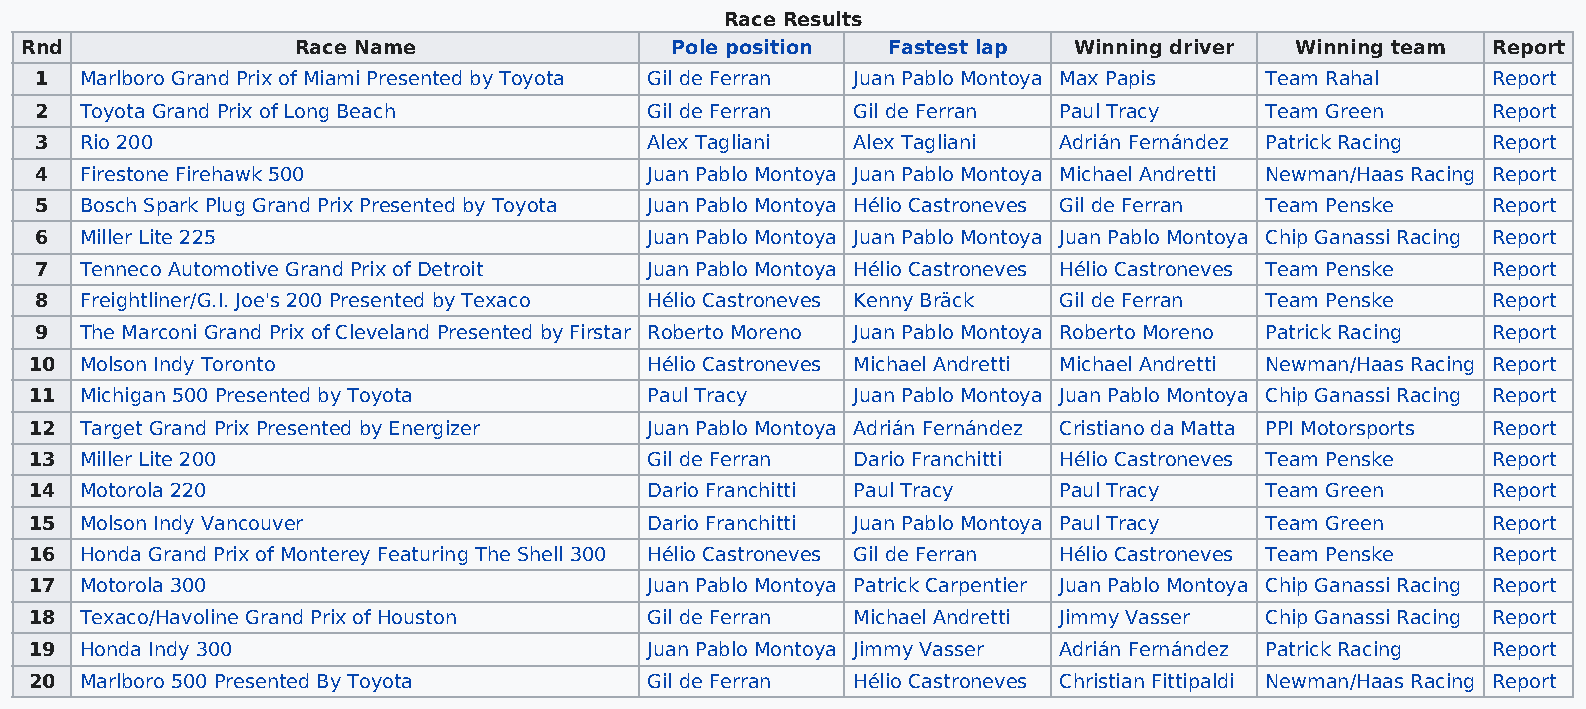
Race Results
 Rnd                Race Name               Pole position  Fastest lap Winning driver Winning team Report
 1  Marlboro Grand Prix of Miami Presented by Toyota Gil de Ferran Juan Pablo Montoya Max Papis Team Rahal Report
 2  Toyota Grand Prix of Long Beach       Gil de Ferran Gil de Ferran Paul Tracy   Team Green     Report
 3  Rio 200                               Alex Tagliani Alex Tagliani Adrián Fernández Patrick Racing Report
 4  Firestone Firehawk 500                Juan Pablo Montoya Juan Pablo Montoya Michael Andretti Newman/Haas Racing Report
 5  Bosch Spark Plug Grand Prix Presented by Toyota Juan Pablo Montoya Hélio Castroneves Gil de Ferran Team Penske Report
 6  Miller Lite 225                       Juan Pablo Montoya Juan Pablo Montoya Juan Pablo Montoya Chip Ganassi Racing Report
 7  Tenneco Automotive Grand Prix of Detroit Juan Pablo Montoya Hélio Castroneves Hélio Castroneves Team Penske Report
 8  Freightliner/G.I. Joe's 200 Presented by Texaco Hélio Castroneves Kenny Bräck Gil de Ferran Team Penske Report
 9  The Marconi Grand Prix of Cleveland Presented by Firstar Roberto Moreno Juan Pablo Montoya Roberto Moreno Patrick Racing Report
 10 Molson Indy Toronto                   Hélio Castroneves Michael Andretti Michael Andretti Newman/Haas Racing Report
 11 Michigan 500 Presented by Toyota      Paul Tracy   Juan Pablo Montoya Juan Pablo Montoya Chip Ganassi Racing Report
 12 Target Grand Prix Presented by Energizer Juan Pablo Montoya Adrián Fernández Cristiano da Matta PPI Motorsports Report
 13 Miller Lite 200                       Gil de Ferran Dario Franchitti Hélio Castroneves Team Penske Report
 14 Motorola 220                          Dario Franchitti Paul Tracy Paul Tracy   Team Green     Report
 15 Molson Indy Vancouver                 Dario Franchitti Juan Pablo Montoya Paul Tracy Team Green Report
 16 Honda Grand Prix of Monterey Featuring The Shell 300 Hélio Castroneves Gil de Ferran Hélio Castroneves Team Penske Report
 17 Motorola 300                          Juan Pablo Montoya Patrick Carpentier Juan Pablo Montoya Chip Ganassi Racing Report
 18 Texaco/Havoline Grand Prix of Houston Gil de Ferran Michael Andretti Jimmy Vasser Chip Ganassi Racing Report
 19 Honda Indy 300                        Juan Pablo Montoya Jimmy Vasser Adrián Fernández Patrick Racing Report
 20 Marlboro 500 Presented By Toyota      Gil de Ferran Hélio Castroneves Christian Fittipaldi Newman/Haas Racing Report